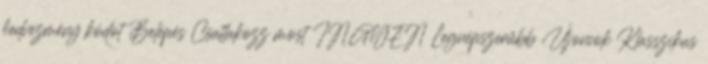
kedvezmény kódot Belépés Csatlakozz most INGYEN Legnépszerűbb Újoncok Klasszikus